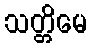
သတ္တိမေ